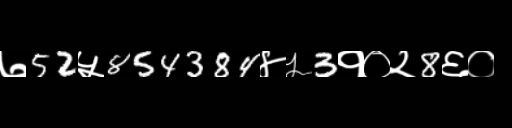
Text: ७52५854384४५3१०२8६०